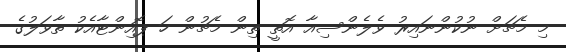
މި މެޗަށް ނުކުންނައިރު ވެލެންސިއާ އޮތީ ތިން މެޗުން ހަ ޕޮއިންޓާއެކު ތާވަލުގެ